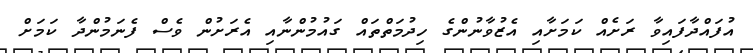
އުފައްދާފައިވާ ރަށެއް ކަމަށާއި އެޒުވާނުންގެ ހިދުމަތްތައް ގައުމުންނާއި އެރަށުން ވެސް ފެނަމުންދާ ކަމަށް